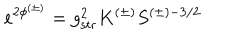
e ^ { 2 \phi ^ { ( \pm ) } } = g _ { \mathrm { s t r } } ^ { 2 } K ^ { ( \pm ) } S ^ { ( \pm ) - 3 / 2 }